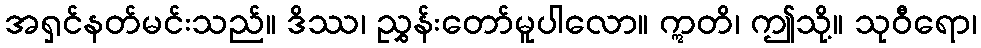
အရှင်နတ်မင်းသည်။ ဒိဿ၊ ညွှန်းတော်မူပါလော။ ဣတိ၊ ဤသို့။ သုဝီရော၊